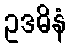
ဥဒဓိနံ